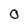
Character: O